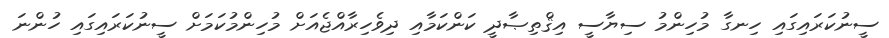
ސީނުކަރައިގައި ހިނގާ މުހިންމު ސިޔާސީ އިޤްތިޞާދީ ކަންކަމާއި ދިވެހިރާއްޖެއަށް މުހިންމުކަމަށް ސީނުކަރައިގައި ހުންނަ